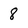
Character: 8